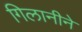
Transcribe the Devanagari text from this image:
गिलानीने